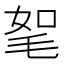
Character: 𣭠